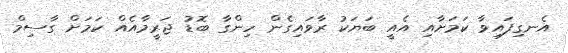
އެނގިފައިވާ ކަމަށާއި އެއީ ބަޔަކު ރާވައިގެން ހިންގާ ބޮޑު ޖަރީމާއެއް ކަމަށް ގާސިމް